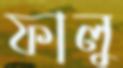
ফালু